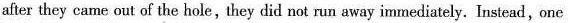
after they came out of the hole, they did not run away immediately. Instead, one